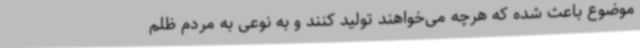
موضوع باعث شده که هرچه می‌خواهند تولید کنند و به نوعی به مردم ظلم